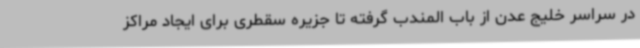
در سراسر خلیج عدن از باب المندب گرفته تا جزیره سقطری برای ایجاد مراکز